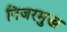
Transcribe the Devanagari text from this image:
निजरमुख